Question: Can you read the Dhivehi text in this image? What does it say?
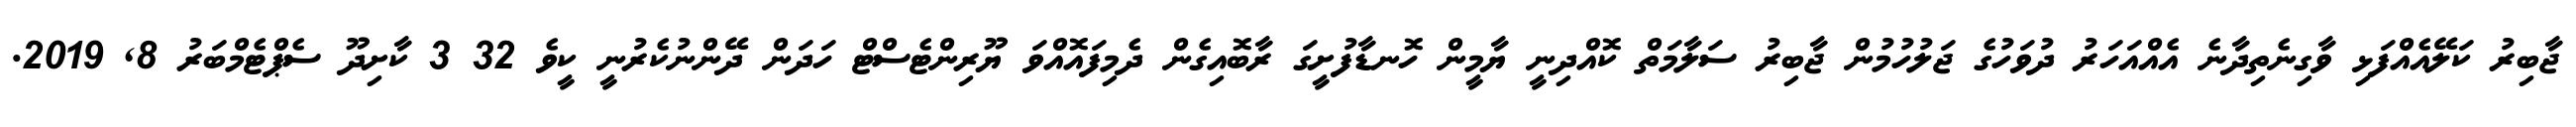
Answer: ޖާބިރު ކަލޭއެއްފަޅި ވާގިނެތިދާނެ އެއްއަހަރު ދުވަހުގެ ޖަލުހުމުން ޖާބިރު ސަލާމަތް ކޮއްދިނީ ޔާމީން ހޮނޑާފުށީގަ ރާބޮއިގެން ދެމިފައޮއްވަ ޔޫރިންޓެސްޓް ހަދަން ދޭންނުކެރުނީ ކީވެ 32 3 ކާށިދޫ ސެޕްޓެމްބަރު 8, 2019.